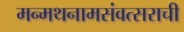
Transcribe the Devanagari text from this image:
मन्मथनामसंवत्सराची